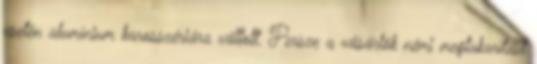
esetén alumínium karosszériára váltott. Persze a vásárlók némi megtakarítást